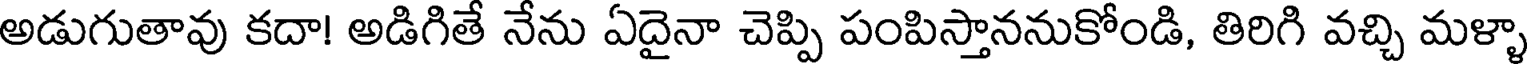
అడుగుతావు కదా! అడిగితే నేను ఏదైనా చెప్పి పంపిస్తాననుకోండి, తిరిగి వచ్చి మళ్ళా